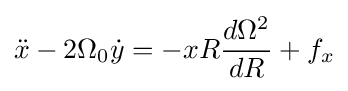
{\ddot {x}}-2\Omega _{0}{\dot {y}}=-xR{d\Omega ^{2} \over dR}+f_{x}